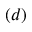
( d )